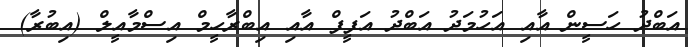
އަބްދު ހަސީން އާއި އަހުމަދު އަބްދު އަފީފް އާއި އިބްރާހީމް އިސްމާއީލް (އިބުރާ)